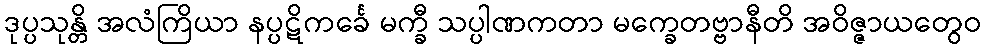
ဒုပ္ပသုန္တိ အလံကြိယာ နပ္ပဋိကင်္ခေ မက္ခီ သပ္ပါဏကတာ မက္ခေတဗ္ဗာနီတိ အဝိဇ္ဇာယတွေဝ